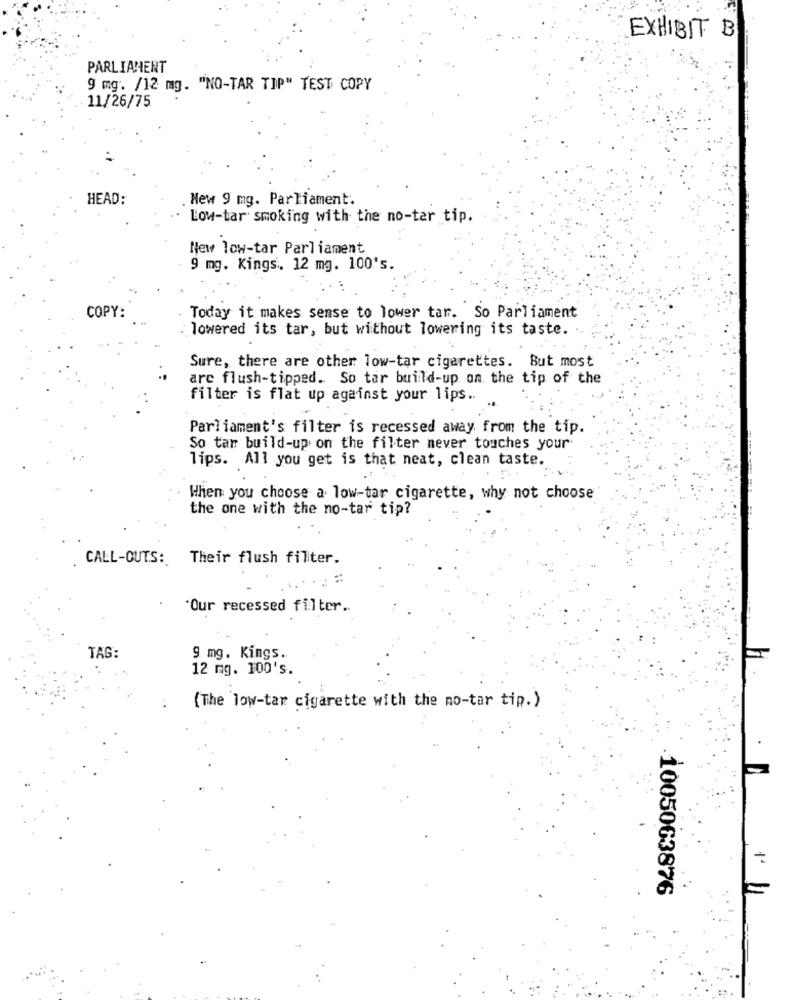
EXHIBIT B
PARLIAMENT
9 mg. /12 mg. "NO-TAR TIP" TEST COPY
11/26/75
HEAD:
New 9 mg. Parliament.
Low-tar smoking with the no-ter tip.
New low-tar Parliament
9 mg. Kings, 12 mg. 100's.
COPY:
Today it makes sense to lower tar. So Parliament
lowered its tar, but without lowering its taste. ..
Sure, there are other low-tar cigarettes. But most
are flush-tipped. So tar build-up on the tip of the
filter is flat up against your lips ..
Parliament's filter is recessed away from the tip.
So tar build-up on the filter never touches your
lips. All you get is that neat, clean taste.
When you choose a low-tar cigarette, why not choose
the one with the no-tar tip?
CALL-OUTS: Their flush filter.
"Our recessed filter ..
TAG:
9 mg. Kings.
12 mg. 100's.
(The low-tar cigarette with the mo-tar tip.)
1005063876